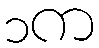
၁က